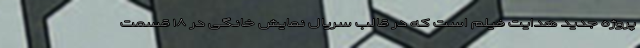
پروژه جدید هدایت فیلم است که در قالب سریال نمایش خانگی در ۱۸ قسمت